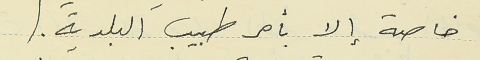
خاصة إلا بأمر طبيب البلدية.